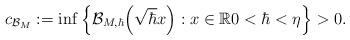
LaTeX: \begin{align*}c_{\mathcal{B}_{M}}:=\inf\left\{ \mathcal{B}_{M,\hbar}\text{$\left(\sqrt{\hbar}x\right) $}:x\in\mathbb{R}0<\hbar<\eta\right\} >0.\end{align*}